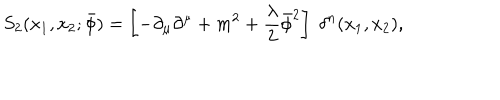
S _ { 2 } ( x _ { 1 } , x _ { 2 } ; \bar { \phi } ) = \left[ - \partial _ { \mu } \partial ^ { \mu } + m ^ { 2 } + { \frac { \lambda } { 2 } } { \bar { \phi } } ^ { 2 } \right] \; \delta ^ { n } ( x _ { 1 } , x _ { 2 } ) ,